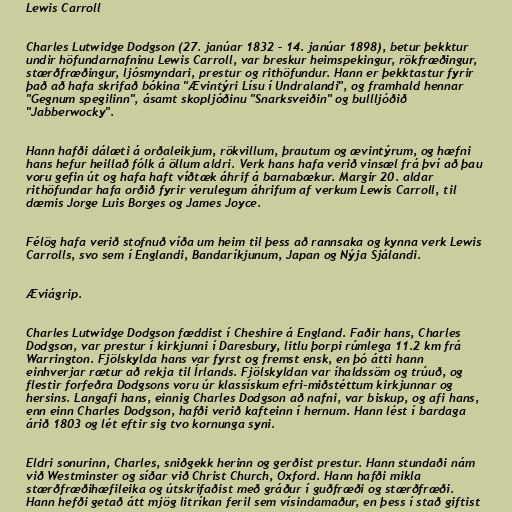
Lewis Carroll

Charles Lutwidge Dodgson (27. janúar 1832 – 14. janúar 1898), betur þekktur
undir höfundarnafninu Lewis Carroll, var breskur heimspekingur, rökfræðingur,
stærðfræðingur, ljósmyndari, prestur og rithöfundur. Hann er þekktastur fyrir
það að hafa skrifað bókina "Ævintýri Lísu í Undralandi", og framhald hennar
"Gegnum spegilinn", ásamt skopljóðinu "Snarksveiðin" og bullljóðið
"Jabberwocky".

Hann hafði dálæti á orðaleikjum, rökvillum, þrautum og ævintýrum, og hæfni
hans hefur heillað fólk á öllum aldri. Verk hans hafa verið vinsæl frá því að þau
voru gefin út og hafa haft víðtæk áhrif á barnabækur. Margir 20. aldar
rithöfundar hafa orðið fyrir verulegum áhrifum af verkum Lewis Carroll, til
dæmis Jorge Luis Borges og James Joyce.

Félög hafa verið stofnuð víða um heim til þess að rannsaka og kynna verk Lewis
Carrolls, svo sem í Englandi, Bandaríkjunum, Japan og Nýja Sjálandi.

Æviágrip.

Charles Lutwidge Dodgson fæddist í Cheshire á England. Faðir hans, Charles
Dodgson, var prestur í kirkjunni í Daresbury, litlu þorpi rúmlega 11.2 km frá
Warrington. Fjölskylda hans var fyrst og fremst ensk, en þó átti hann
einhverjar rætur að rekja til Írlands. Fjölskyldan var íhaldssöm og trúuð, og
flestir forfeðra Dodgsons voru úr klassískum efri-miðstéttum kirkjunnar og
hersins. Langafi hans, einnig Charles Dodgson að nafni, var biskup, og afi hans,
enn einn Charles Dodgson, hafði verið kafteinn í hernum. Hann lést í bardaga
árið 1803 og lét eftir sig tvo kornunga syni.

Eldri sonurinn, Charles, sniðgekk herinn og gerðist prestur. Hann stundaði nám
við Westminster og síðar við Christ Church, Oxford. Hann hafði mikla
stærðfræðihæfileika og útskrifaðist með gráður í guðfræði og stærðfræði.
Hann hefði getað átt mjög litríkan feril sem vísindamaður, en þess í stað giftist